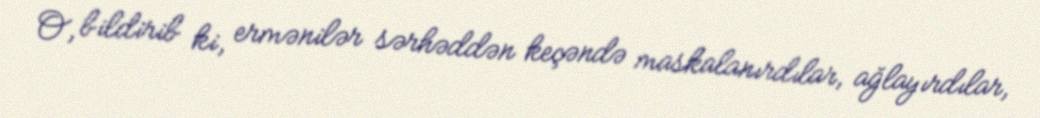
O, bildirib ki, ermənilər sərhəddən keçəndə maskalanırdılar, ağlayırdılar,